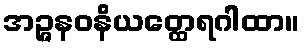
အဉ္ဇနဝနိယတ္ထေရဂါထာ။